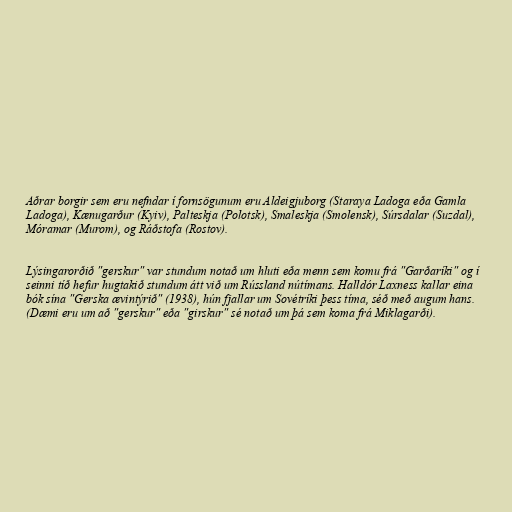
Aðrar borgir sem eru nefndar í fornsögunum eru Aldeigjuborg (Staraya Ladoga eða Gamla
Ladoga), Kænugarður (Kyiv), Palteskja (Polotsk), Smaleskja (Smolensk), Súrsdalar (Suzdal),
Móramar (Murom), og Ráðstofa (Rostov).

Lýsingarorðið "gerskur" var stundum notað um hluti eða menn sem komu frá "Garðaríki" og í
seinni tíð hefur hugtakið stundum átt við um Rússland nútímans. Halldór Laxness kallar eina
bók sína "Gerska ævintýrið" (1938), hún fjallar um Sovétríki þess tíma, séð með augum hans.
(Dæmi eru um að "gerskur" eða "girskur" sé notað um þá sem koma frá Miklagarði).